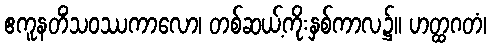
ဧကူနတိံသဝဿကာလော၊ တစ်ဆယ့်ကိုးနှစ်ကာလ၌။ ဟတ္ထဂတံ၊